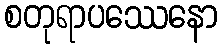
စတုရာပဿေနော